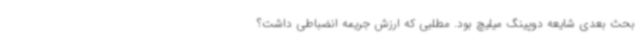
بحث بعدی شایعه دوپینگ میلیچ بود. مطلبی که ارزش جریمه انضباطی داشت؟